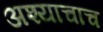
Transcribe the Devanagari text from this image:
अश्याचाच